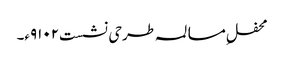
محفلِ مسالمہ طرحی نشست۹۱۰۲ء۔